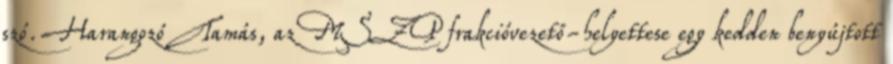
szó. Harangozó Tamás, az MSZP frakcióvezető-helyettese egy kedden benyújtott